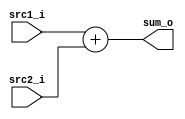
/***************************************************
Student Name: 
Student ID: 07162220716214
***************************************************/

`timescale 1ns/1ps

module Adder(
    input  [32-1:0] src1_i,
	input  [32-1:0] src2_i,
	output [32-1:0] sum_o
	);
    
	assign sum_o = src1_i + src2_i;

endmodule